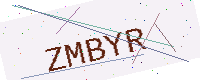
Text: ZMBYR